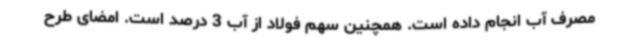
مصرف آب انجام داده است. همچنین سهم فولاد از آب 3 درصد است. امضای طرح